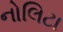
નોલિટા